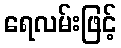
ရေလမ်းဖြင့်